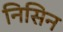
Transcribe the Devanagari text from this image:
निसिन